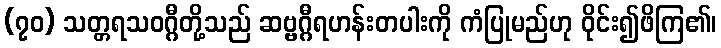
(၇၀) သတ္တရသဝဂ္ဂီတို့သည် ဆဗ္ဗဂ္ဂီရဟန်းတပါးကို ကံပြုမည်ဟု ဝိုင်း၍ဖိကြ၏၊